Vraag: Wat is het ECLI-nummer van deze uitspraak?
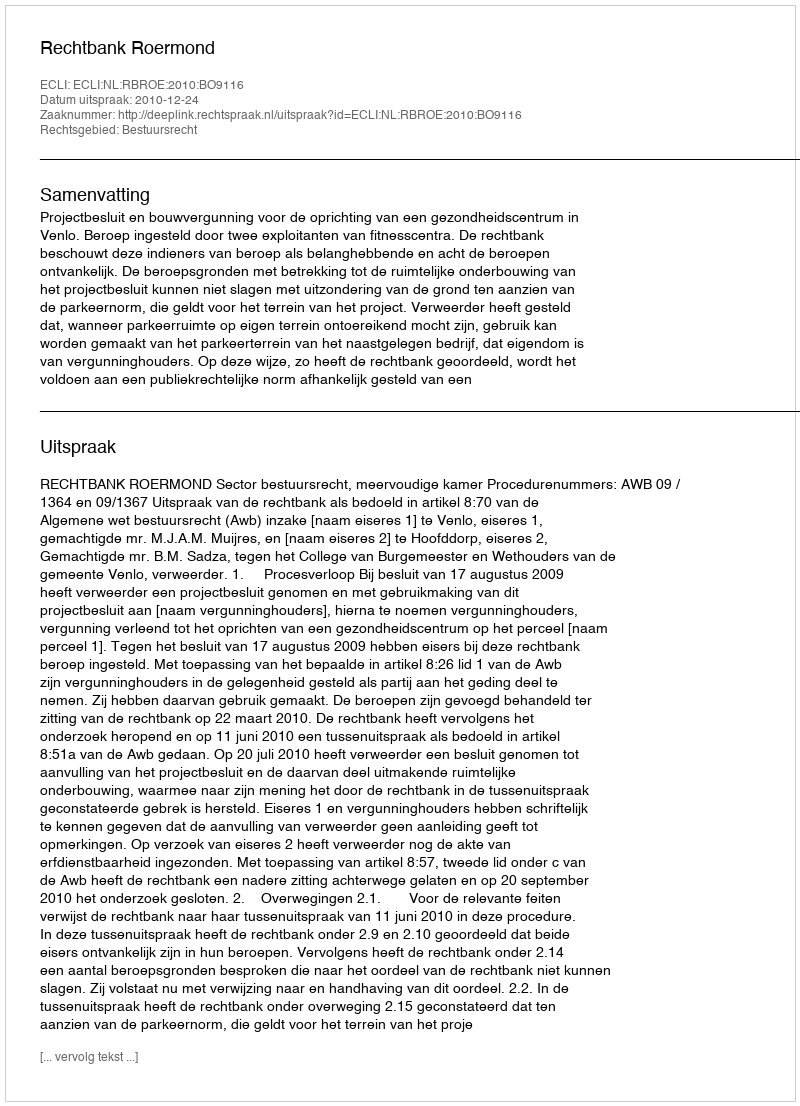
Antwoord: ECLI:NL:RBROE:2010:BO9116